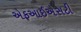
એફઆઈએસટી